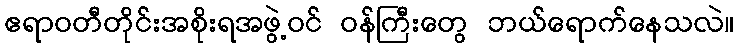
ဧရာဝတီတိုင်းအစိုးရအဖွဲ့ဝင် ဝန်ကြီးတွေ ဘယ်ရောက်နေသလဲ။